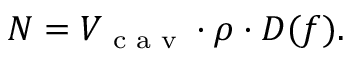
N = V _ { \textrm { c a v } } \cdot \rho \cdot D ( f ) .